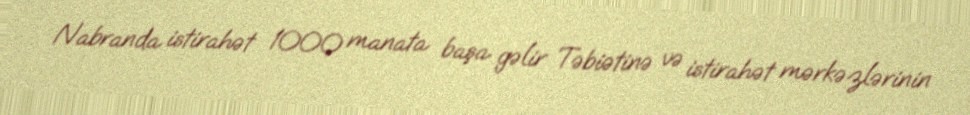
Nabranda istirahət 1000 manata başa gəlir Təbiətinə və istirahət mərkəzlərinin